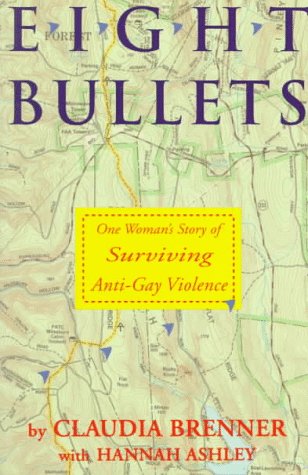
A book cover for Eight Bullets: One Woman's Story of Surviving Anti-Gay Violence; Claudia Brenner; Gay & Lesbian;